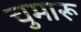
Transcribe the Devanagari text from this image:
चुमारू